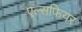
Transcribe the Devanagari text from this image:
एल्सफियर